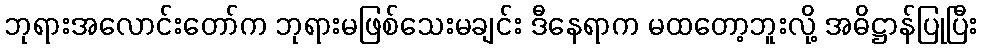
ဘုရားအလောင်းတော်က ဘုရားမဖြစ်သေးမချင်း ဒီနေရာက မထတော့ဘူးလို့ အဓိဋ္ဌာန်ပြုပြီး